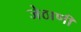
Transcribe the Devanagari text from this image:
जेठाणी